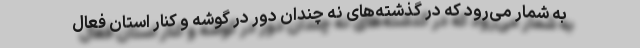
به شمار می‌رود که در گذشته‌های نه چندان دور در گوشه و کنار استان فعال